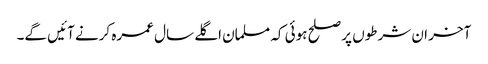
آخر ان شرطوں پر صلح ہوئی کہ مسلمان اگلے سال عمرہ کرنے آئیں گے۔